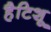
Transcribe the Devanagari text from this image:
हैटिशू